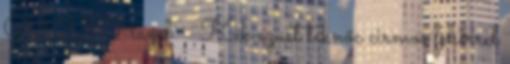
09 23 Hazel: ♀ Kék ezüst teknőc cirmos fehérrel